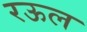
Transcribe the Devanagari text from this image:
रऊल